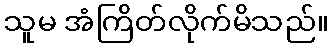
သူမ အံကြိတ်လိုက်မိသည်။